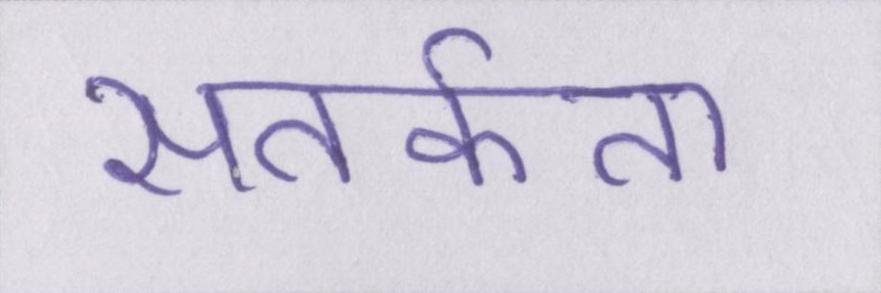
सतर्कता